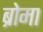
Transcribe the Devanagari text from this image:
ब्रोमा